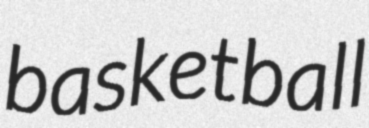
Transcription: basketball